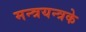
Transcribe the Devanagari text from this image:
मन्त्रयन्त्रके